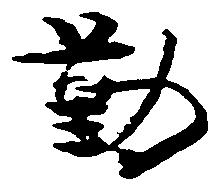
勤